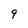
Character: 9